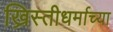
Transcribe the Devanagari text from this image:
ख्रिस्तीधर्माच्या